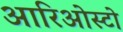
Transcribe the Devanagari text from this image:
आरिओस्टो